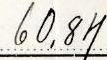
60,84